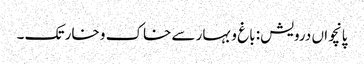
پانچواں درویش: باغ و بہار سے خاک و خار تک ۔